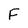
Character: F